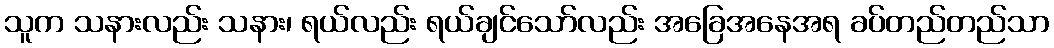
သူက သနားလည်း သနား၊ ရယ်လည်း ရယ်ချင်သော်လည်း အခြေအနေအရ ခပ်တည်တည်သာ